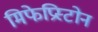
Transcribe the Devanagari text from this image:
मिफेप्रिस्टोन